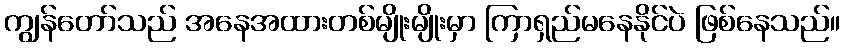
ကျွန်တော်သည် အနေအထားတစ်မျိုးမျိုးမှာ ကြာရှည်မနေနိုင်ပဲ ဖြစ်နေသည်။